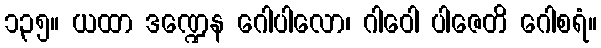
၁၃၅။ ယထာ ဒဏ္ဍေန ဂေါပါလော၊ ဂါဝေါ ပါဇေတိ ဂေါစရံ။